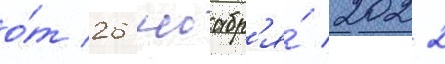
о́т 26 ноабр'я́ 2022